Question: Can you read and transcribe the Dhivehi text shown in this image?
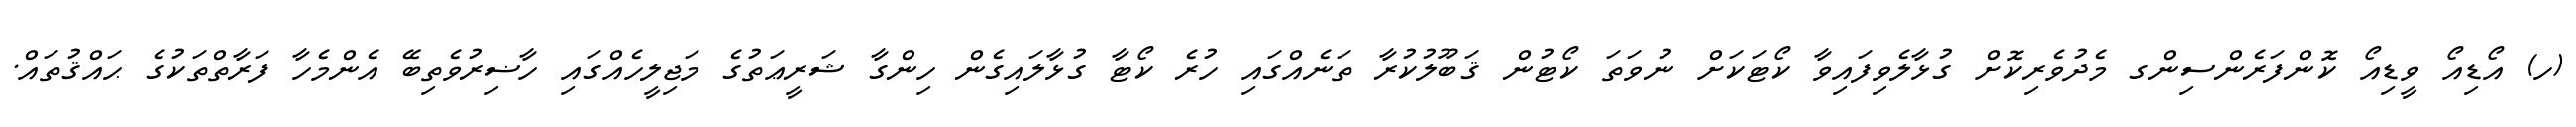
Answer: (ހ) އޯޑިއޯ ވީޑިއޯ ކޮންފަރެންސިންގ މެދުވެރިކޮށް ގުޅާލެވިފައިވާ ކޯޓަކަށް ނުވަތަ ކޯޓުން ޤަބޫލުކުރާ ތަނެއްގައި ހުރެ ކޯޓާ ގުޅާލައިގެން ހިންގާ ޝަރީޢަތުގެ މަޖިލީހެއްގައި ހާޟިރުވެތިބޭ އެންމެހާ ފަރާތްތަކުގެ ޙައްޤުތައް.